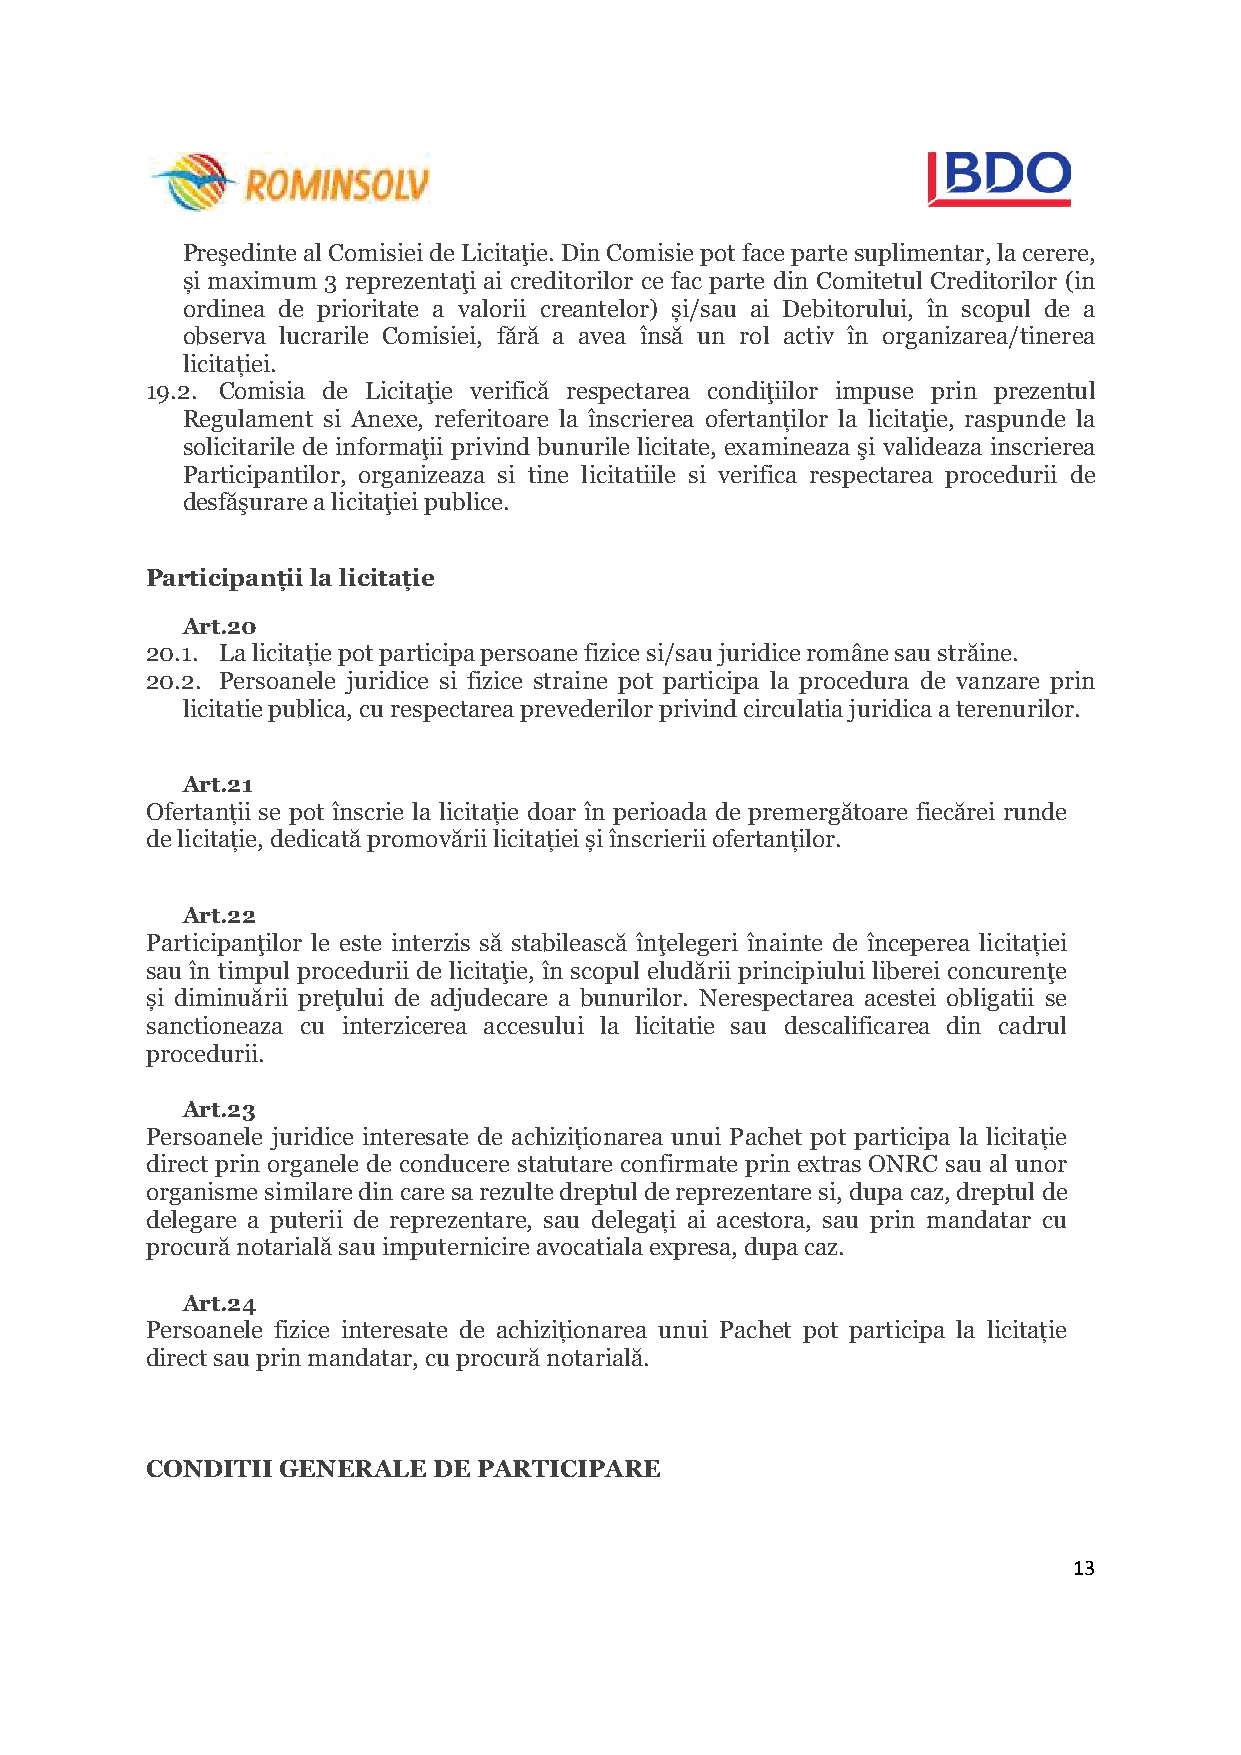
Preşedinte al Comisiei de Licitaţie. Din Comisie pot face parte suplimentar, la cerere,
 și maximum 3 reprezentaţi ai creditorilor ce fac parte din Comitetul Creditorilor (in
 ordinea de prioritate a valorii creantelor) și/sau ai Debitorului, în scopul de a
 observa lucrarile Comisiei, fără a avea însă un rol activ în organizarea/tinerea
 licitației.
 19.2. Comisia de Licitaţie verifică respectarea condiţiilor impuse prin prezentul
 Regulament si Anexe, referitoare la înscrierea ofertanților la licitaţie, raspunde la
 solicitarile de informaţii privind bunurile licitate, examineaza şi valideaza inscrierea
 Participantilor, organizeaza si tine licitatiile si verifica respectarea procedurii de
 desfăşurare a licitaţiei publice.
 Participanții la licitație
 Art.20
 20.1. La licitație pot participa persoane fizice si/sau juridice române sau străine.
 20.2. Persoanele juridice si fizice straine pot participa la procedura de vanzare prin
 licitatie publica, cu respectarea prevederilor privind circulatia juridica a terenurilor.
 Art.21
 Ofertanții se pot înscrie la licitație doar în perioada de premergătoare fiecărei runde
 de licitație, dedicată promovării licitației și înscrierii ofertanților.
 Art.22
 Participanţilor le este interzis să stabilească înţelegeri înainte de începerea licitației
 sau în timpul procedurii de licitaţie, în scopul eludării principiului liberei concurenţe
 și diminuării preţului de adjudecare a bunurilor. Nerespectarea acestei obligatii se
 sanctioneaza cu interzicerea accesului la licitatie sau descalificarea din cadrul
 procedurii.
 Art.23
 Persoanele juridice interesate de achiziționarea unui Pachet pot participa la licitație
 direct prin organele de conducere statutare confirmate prin extras ONRC sau al unor
 organisme similare din care sa rezulte dreptul de reprezentare si, dupa caz, dreptul de
 delegare a puterii de reprezentare, sau delegați ai acestora, sau prin mandatar cu
 procură notarială sau imputernicire avocatiala expresa, dupa caz.
 Art.24
 Persoanele fizice interesate de achiziționarea unui Pachet pot participa la licitație
 direct sau prin mandatar, cu procură notarială.
 CONDITII GENERALE  DE PARTICIPARE
 13